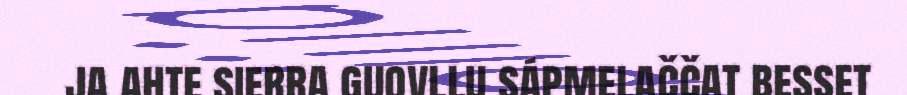
ja ahte sierra guovllu sápmelaččat besset